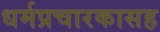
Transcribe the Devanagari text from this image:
धर्मप्रचारकासह